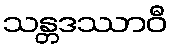
သန္တဒဿာဝီ